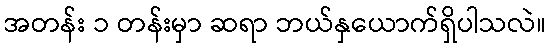
အတန်း ၁ တန်းမှာ ဆရာ ဘယ်နှယောက်ရှိပါသလဲ။